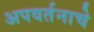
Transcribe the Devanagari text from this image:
अपवर्तनाचे